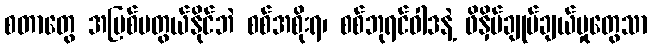
စတာတွေ အမြစ်မတွယ်နိုင်ဘဲ စစ်အစိုးရ၊ စစ်ဘုရင်ဝါဒနဲ့ ဖိနှိပ်ချုပ်ချယ်မှုတွေသာ